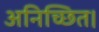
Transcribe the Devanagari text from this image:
अनिच्छित।